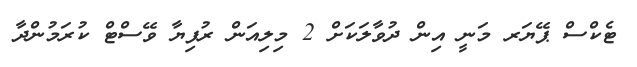
ޓެކްސް ޕޭޔަރ މަނީ އިން ދުވާލަކަށް 2 މިލިއަން ރުފިޔާ ވޭސްޓް ކުރަމުންދާ